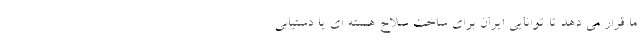
ما قرار می دهد تا توانایی ایران برای ساخت سلاح هسته ای یا دستیابی